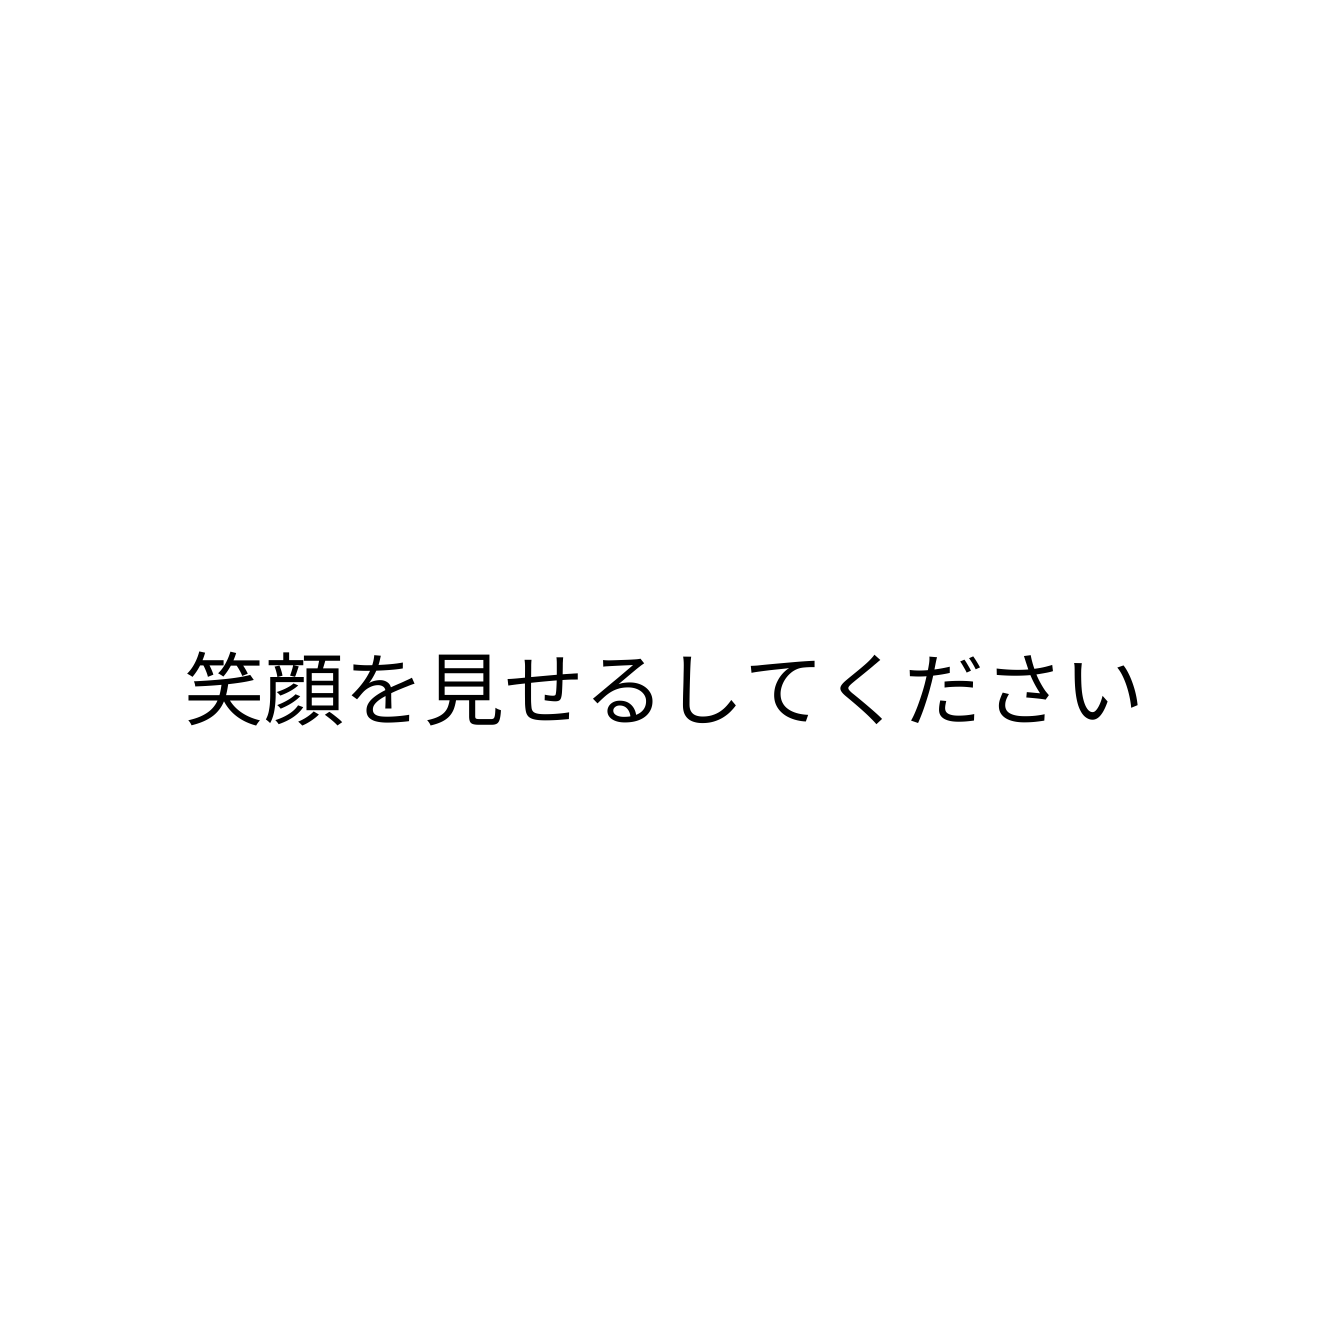
笑顔を見せるしてください